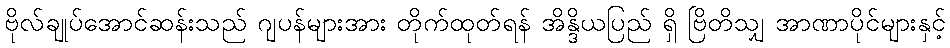
ဗိုလ်ချုပ်အောင်ဆန်းသည် ဂျပန်များအား တိုက်ထုတ်ရန် အိန္ဒိယပြည် ရှိ ဗြိတိသျှ အာဏာပိုင်များနှင့်